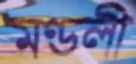
মণ্ডলী